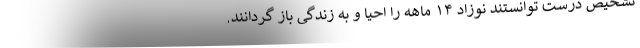
تشخیص درست توانستند نوزاد ۱۴ ماهه را احیا و به زندگی باز گردانند.